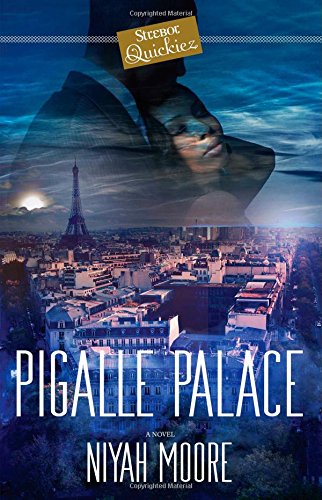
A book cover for Pigalle Palace: A Strebor Quickiez; Niyah Moore; Romance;